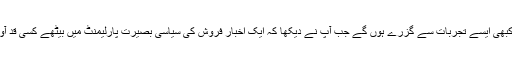
آپ میں سے بہت سے لوگ کبھی نا کبھی ایسے تجربات سے گزرے ہوں گے جب آپ نے دیکھا کہ ایک اخبار فروش کی سیاسی بصیرت پارلیمنٹ میں بیٹھے کسی قد آور اور نامور سیاستدان سے زیادہ ہے۔